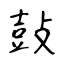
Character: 鼔